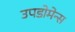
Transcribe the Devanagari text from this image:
उपडोमेन्स